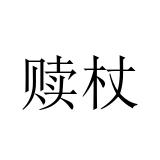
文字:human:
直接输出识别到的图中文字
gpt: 赎杖